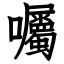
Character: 囑